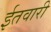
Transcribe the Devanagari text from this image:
ईतवारी